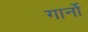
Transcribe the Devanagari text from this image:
गार्नो